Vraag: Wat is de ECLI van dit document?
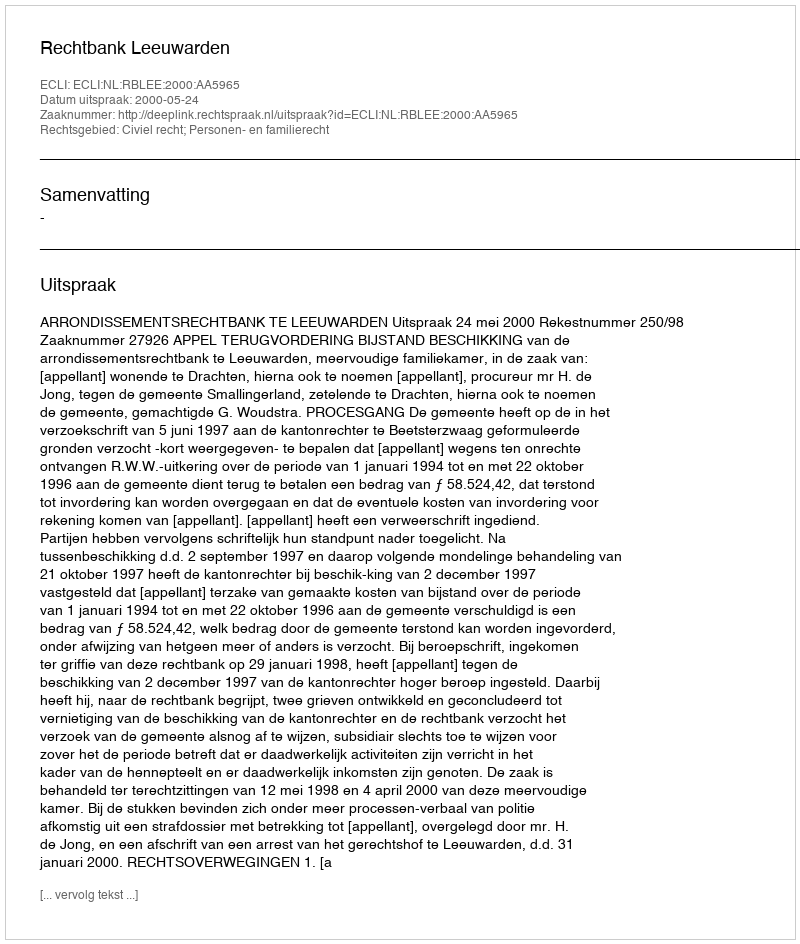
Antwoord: ECLI:NL:RBLEE:2000:AA5965